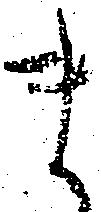
ま